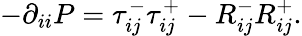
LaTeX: -\partial_{ii}P=\tau_{ij}^{-}\tau_{ij}^{+}-R_{ij}^{-}R_{ij}^{+}.